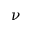
\nu